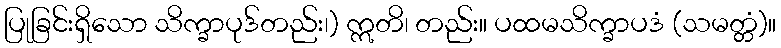
ပြုခြင်းရှိသော သိက္ခာပုဒ်တည်း၊) ဣတိ၊ တည်း။ ပထမသိက္ခာပဒံ (သမတ္တံ)။